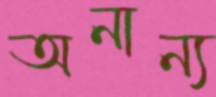
অনান্য